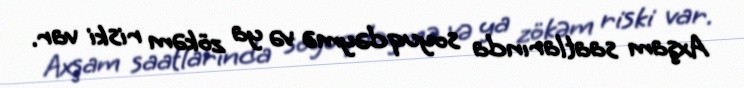
Axşam saatlarında soyuqdəymə və ya zökəm riski var.